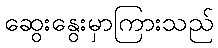
ဆွေးနွေးမှာကြားသည်